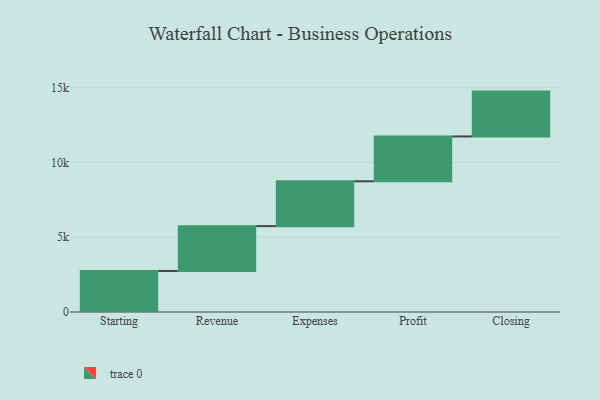
{"axis": {"x": "Step", "y": "Value"}, "legend": [""], "data": [{"x": "Starting", "y": 2745.0, "type": ""}, {"x": "Revenue", "y": 3000, "type": ""}, {"x": "Expenses", "y": 3000, "type": ""}, {"x": "Profit", "y": 3000, "type": ""}, {"x": "Closing", "y": 3000, "type": ""}]}